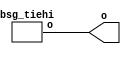


module top
(
  o
);

  output [15:0] o;

  bsg_tiehi
  wrapper
  (
    .o(o)
  );


endmodule



module bsg_tiehi
(
  o
);

  output [15:0] o;
  wire [15:0] o;
  assign o[0] = 1'b1;
  assign o[1] = 1'b1;
  assign o[2] = 1'b1;
  assign o[3] = 1'b1;
  assign o[4] = 1'b1;
  assign o[5] = 1'b1;
  assign o[6] = 1'b1;
  assign o[7] = 1'b1;
  assign o[8] = 1'b1;
  assign o[9] = 1'b1;
  assign o[10] = 1'b1;
  assign o[11] = 1'b1;
  assign o[12] = 1'b1;
  assign o[13] = 1'b1;
  assign o[14] = 1'b1;
  assign o[15] = 1'b1;

endmodule